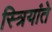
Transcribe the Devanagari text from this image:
स्त्रियांते